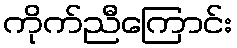
ကိုက်ညီကြောင်း